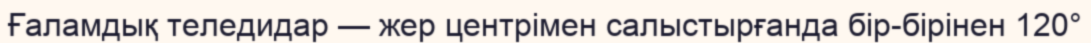
Ғаламдық теледидар — жер центрімен салыстырғанда бір-бірінен 120°